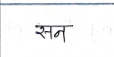
मजकूर: सन